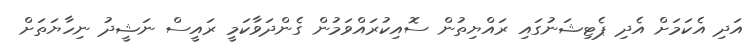
އަދި އެކަމަށް އެދި ޕެޓިޝަނުގައި ރައްޔިތުން ސޮއިކުރައްވަމުން ގެންދަވާކަމީ ރައީސް ނަޝީދު ނިހާޔަތަށް